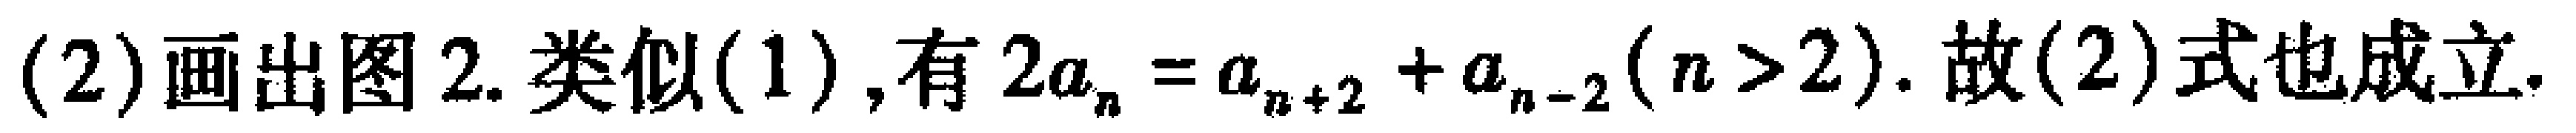
(2)画出图 2. 类似(1),有 \(2a_{n}=a_{n + 2}+a_{n - 2}(n>2)\). 故(2)式也成立.